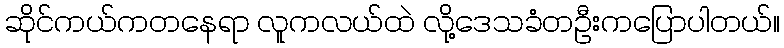
ဆိုင်ကယ်ကတနေရာ လူကလယ်ထဲ လို့ဒေသခံတဦးကပြောပါတယ်။